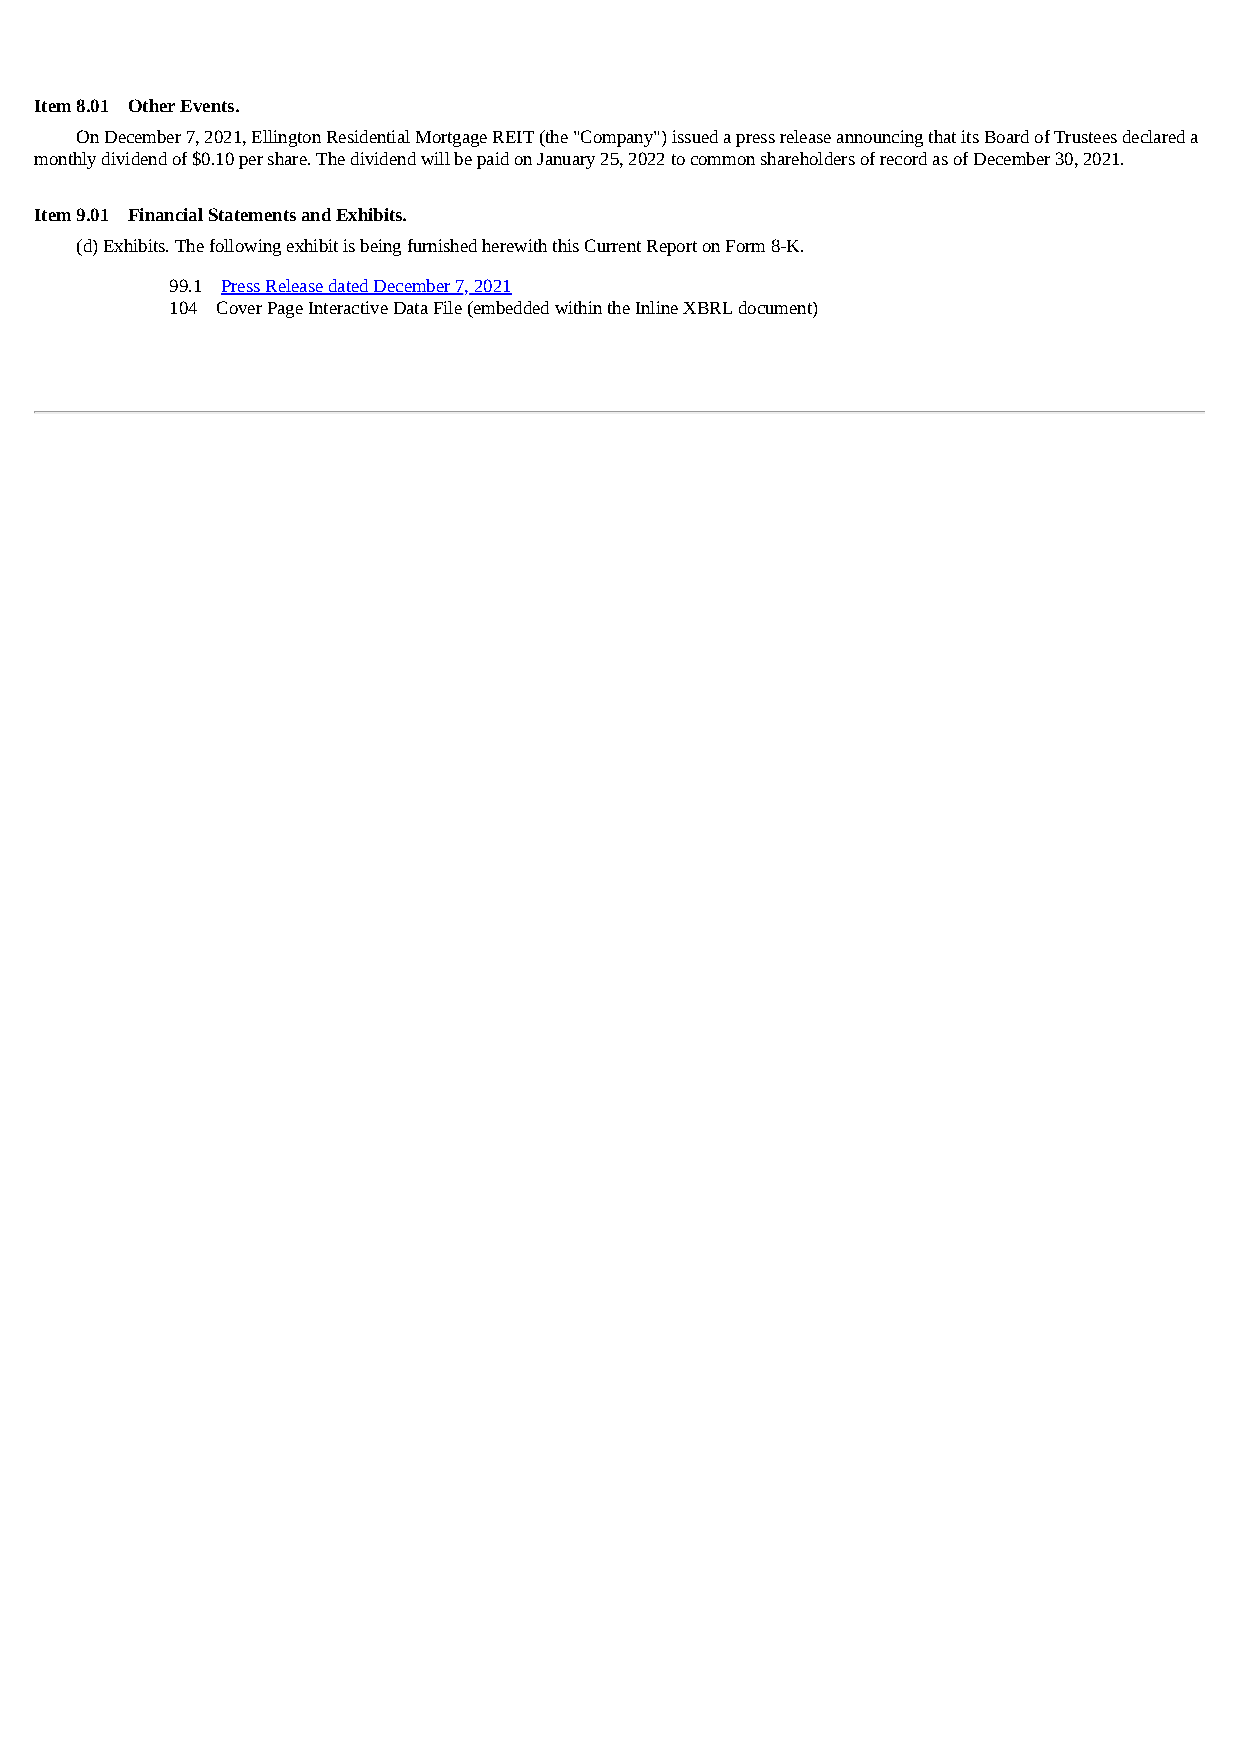
Item 8.01 Other Events.
 On December 7, 2021, Ellington Residential Mortgage REIT (the "Company") issued a press release announcing that its Board of Trustees declared a
 monthly dividend of $0.10 per share. The dividend will be paid on January 25, 2022 to common shareholders of record as of December 30, 2021.
 Item 9.01 Financial Statements and Exhibits.
 (d) Exhibits. The following exhibit is being furnished herewith this Current Report on Form 8-K.
 99.1 Press Release dated December 7, 2021
 104 Cover Page Interactive Data File (embedded within the Inline XBRL document)